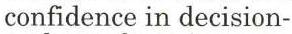
confidence in decision-